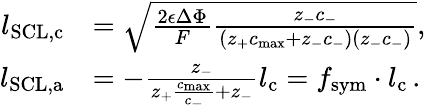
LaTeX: \begin{array}{rl}{l_{\mathrm{SCL,c}}}&{=\sqrt{\frac{2\epsilon\Delta\Phi}{F}\frac{z_{-}c_{-}}{(z_{+}c_{\mathrm{max}}+z_{-}c_{-})(z_{-}c_{-})}},}\\ {l_{\mathrm{SCL,a}}}&{=-\frac{z_{-}}{z_{+}\frac{c_{\mathrm{max}}}{c_{-}}+z_{-}}l_{\mathrm{c}}=f_{\mathrm{sym}}\cdot l_{\mathrm{c}}\, .}\end{array}